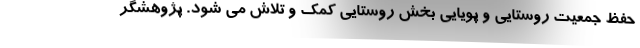
حفظ جمعیت روستایی و پویایی بخش روستایی کمک و تلاش می شود. پژوهشگر